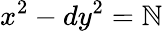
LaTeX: x^{2}-dy^{2}=\mathbb{N}